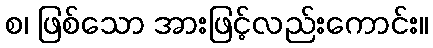
စ၊ ဖြစ်သော အားဖြင့်လည်းကောင်း။